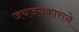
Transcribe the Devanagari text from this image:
जयजयकाराने